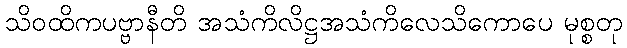
သိဝထိကပဗ္ဗာနီတိ အသံကိလိဋ္ဌအသံကိလေသိကောပေ မုစ္စတု